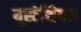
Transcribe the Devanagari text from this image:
यूस्टेशियन